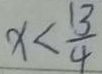
x < \frac { 1 3 } { 4 }